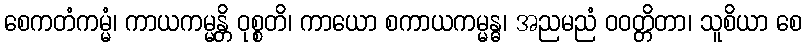
စေကတံကမ္မံ၊ ကာယကမ္မန္တိ ဝုစ္စတိ၊ ကာယော စကာယကမ္မန္ဓ၊ အညမညံ ဝဝတ္တိတာ၊ သူစိယာ စေ